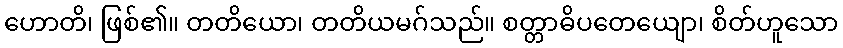
ဟောတိ၊ ဖြစ်၏။ တတိယော၊ တတိယမဂ်သည်။ စတ္တာဓိပတေယျော၊ စိတ်ဟူသော